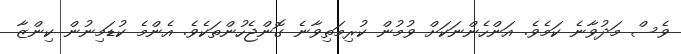
ވެސް މަދުވާނެ ކަމެވެ. އަންހެންނަކަށް ވުމުން ކުރިމަތިވާނެ ގޮންޖެހުންތަކެވެ. އެންމެ ކުޑަމިނުން ކިންޒާ